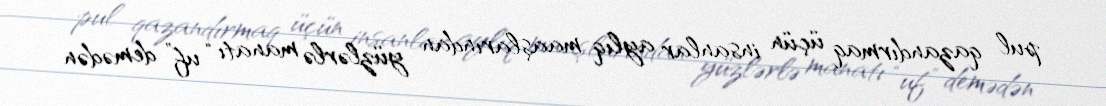
pul qazandırmaq üçün insanlar aylıq maaşlarından yüzlərlə manatı “uf” demədən